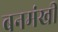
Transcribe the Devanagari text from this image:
बनमंखी